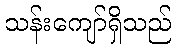
သန်းကျော်ရှိသည်